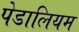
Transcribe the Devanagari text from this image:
पेडालियम